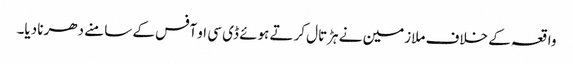
واقعہ کے خلاف ملازمین نے ہڑتال کرتے ہوئے ڈی سی او آفس کے سامنے دھرنا دیا۔